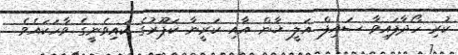
ކުރި ހޯދާފައިވާ ސައިފް އަލީ ޚާން އާއި ކަރީނާ ކަޕޫރުގެ ކައިވެނީގެ ވާހަކައެވެ.